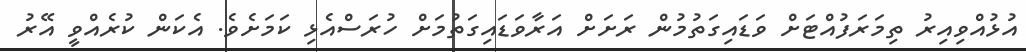
އުޅުއްވިއިރު ތިމަރަފުއްޓަށް ވަޑައިގަތުމުން ރަށަށް އަރާވަޑައިގަތުމަށް ހުރަސްއެޅި ކަމަށެވެ. އެކަން ކުރެއްވީ އޭރު